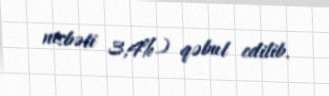
nisbəti 3,4%) qəbul edilib.